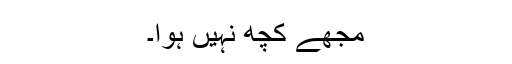
مجھے کچھ نہیں ہوا۔